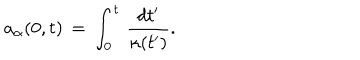
a _ { \alpha } ( 0 , t ) \, = \, \int _ { 0 } ^ { t } \, { \frac { d t ^ { \prime } } { \kappa ( t ^ { \prime } ) } } .